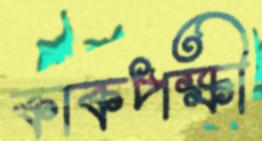
কাকপক্ষী